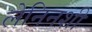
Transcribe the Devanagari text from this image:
लेनिनशी